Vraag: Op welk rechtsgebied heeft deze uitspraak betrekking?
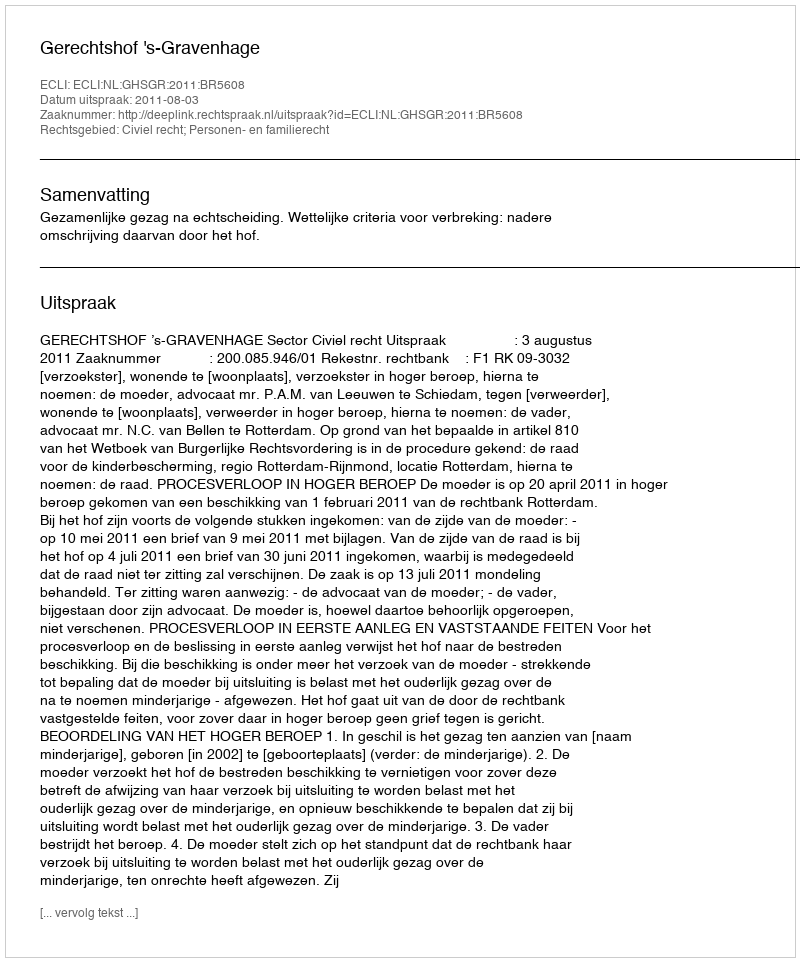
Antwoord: Civiel recht; Personen- en familierecht